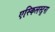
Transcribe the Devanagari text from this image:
एस्किलस्टूना